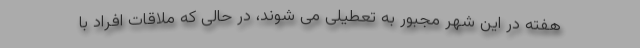
هفته در این شهر مجبور به تعطیلی می شوند، در حالی که ملاقات افراد با